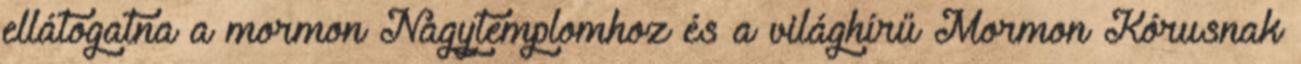
ellátogatna a mormon Nagytemplomhoz és a világhírű Mormon Kórusnak